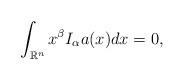
LaTeX: \begin{align*}\int_{\mathbb{R}^{n}} x^{\beta} I_{\alpha}a(x) dx =0, \end{align*}